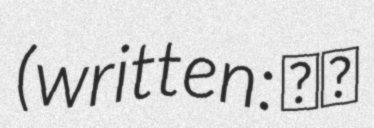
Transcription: (written: 基衡